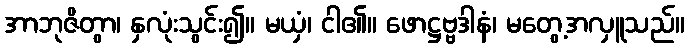
အာဘုဇိတွာ၊ နှလုံးသွင်း၍။ မယှံ၊ ငါ၏။ ဖောဋ္ဌဗ္ဗဒါနံ၊ မတွေ့အလှူသည်။